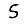
Digit: 5